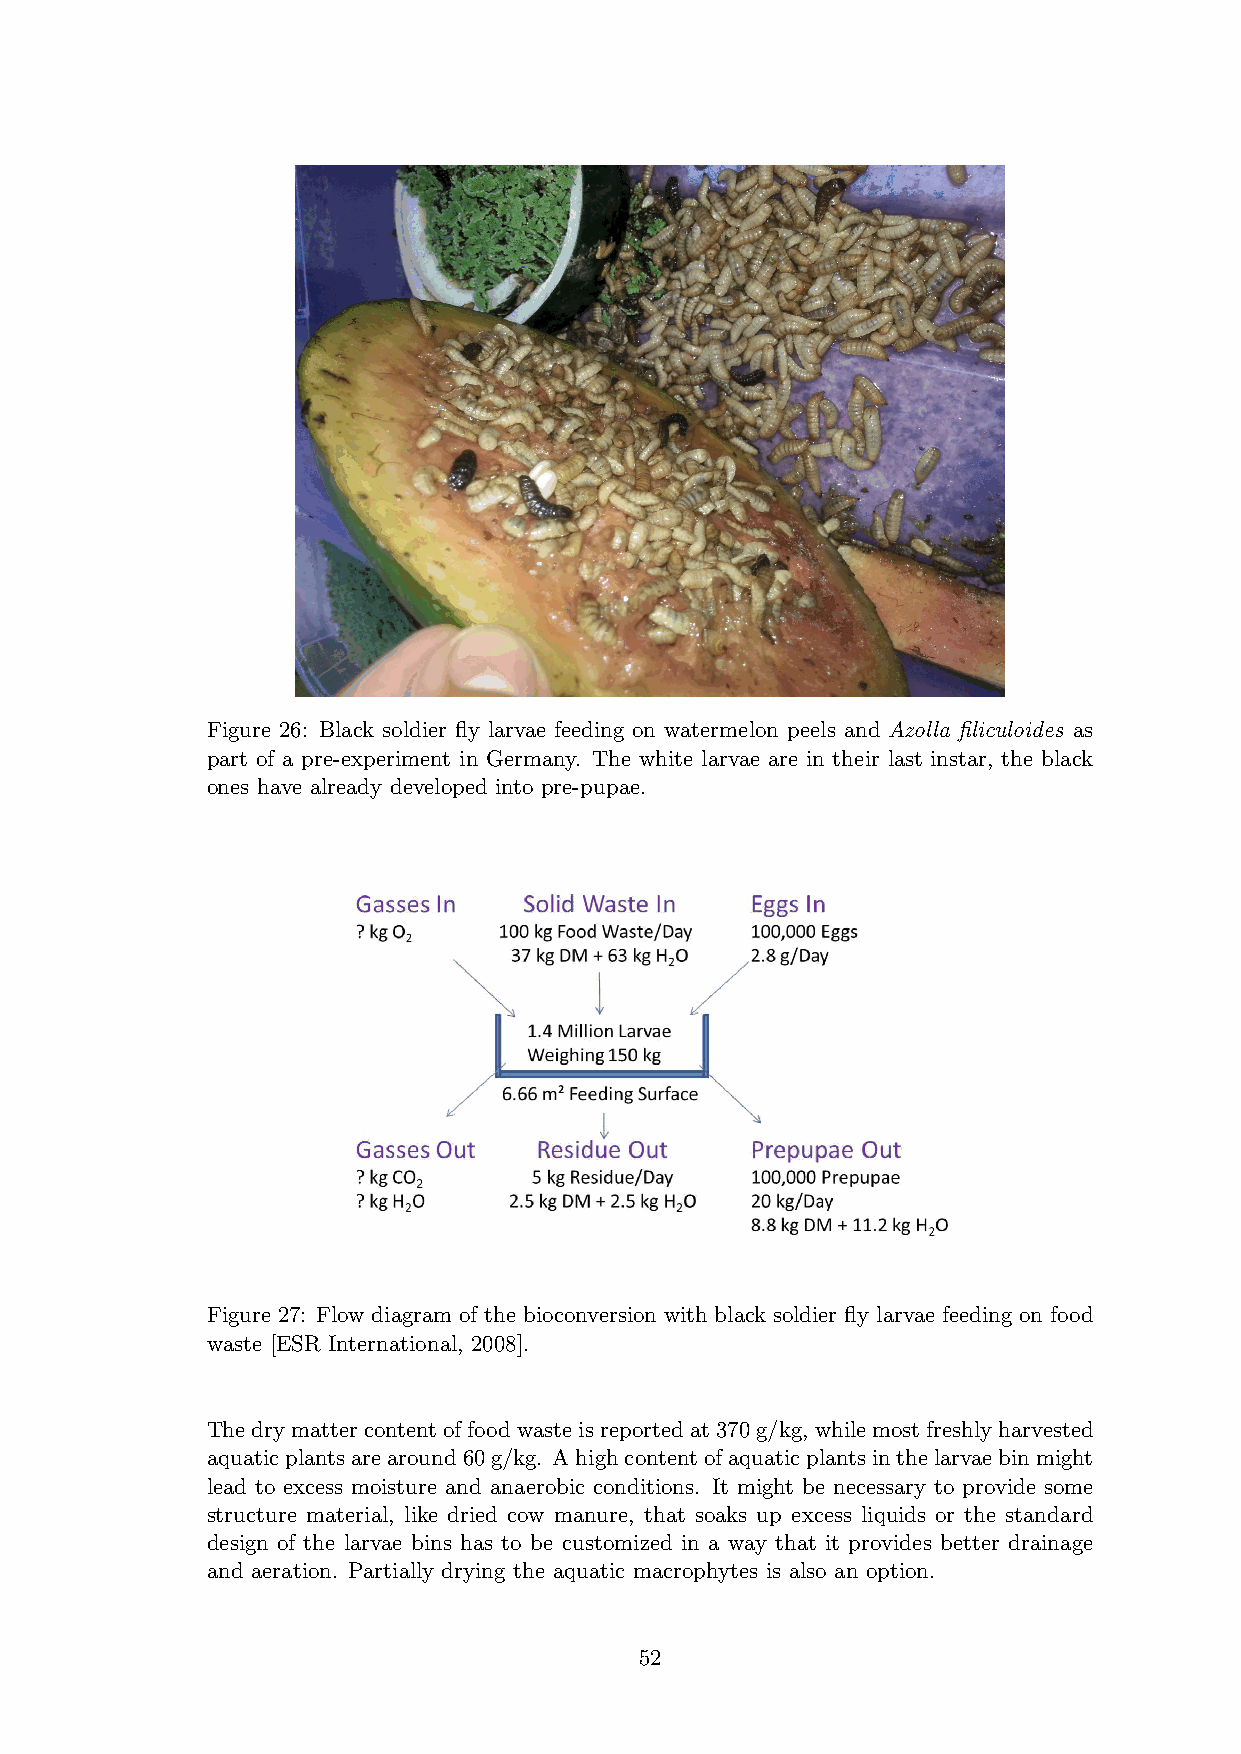
Figure 26: Black soldier fly larvae feeding on watermelon peels and Azolla filiculoides as
 part of a pre-experiment in Germany. The white larvae are in their last instar, the black
 ones have already developed into pre-pupae.
 Figure 27: Flow diagram of the bioconversion with black soldier fly larvae feeding on food
 waste [ESR International, 2008].
 Thedrymattercontentoffoodwasteisreportedat370g/kg, whilemostfreshlyharvested
 aquaticplantsarearound60g/kg. Ahighcontentofaquaticplantsinthelarvaebinmight
 lead to excess moisture and anaerobic conditions. It might be necessary to provide some
 structure material, like dried cow manure, that soaks up excess liquids or the standard
 design of the larvae bins has to be customized in a way that it provides better drainage
 and aeration. Partially drying the aquatic macrophytes is also an option.
 52